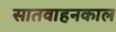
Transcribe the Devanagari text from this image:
सातवाहनकाल